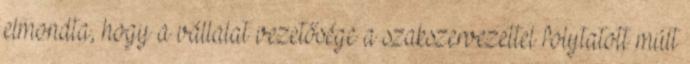
elmondta, hogy a vállalat vezetősége a szakszervezettel folytatott múlt